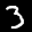
Label: 3